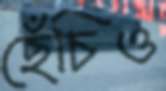
ছেঁচিও